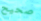
صحيح